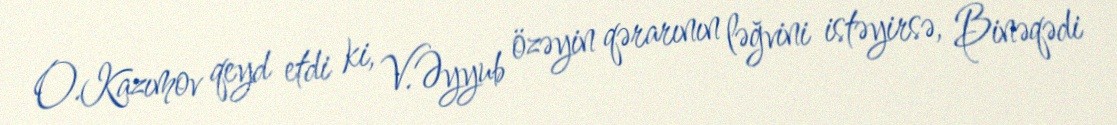
O.Kazımov qeyd etdi ki, V.Əyyub özəyin qərarının ləğvini istəyirsə, Binəqədi